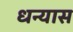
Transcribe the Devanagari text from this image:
धन्यास